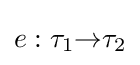
e:\tau _{1}{\to }\tau _{2}